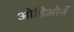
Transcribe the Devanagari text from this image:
ओडिओर्न